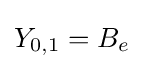
Y_{0,1}=B_{e}